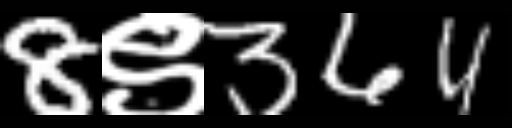
Text: 8९364